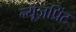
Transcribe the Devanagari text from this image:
न्यूज़प्रिंट